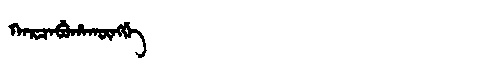
Manchu: ᡴᠠᡵᠴᠠᠪᡠᡥᠠᡴᡡᠩᡤᡝ
Romanization: KARCABUHAKŪNGGE